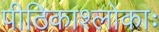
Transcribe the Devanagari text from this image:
पीठिकाश्लोकाः